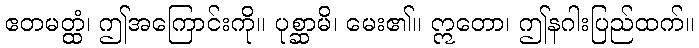
ဧတမတ္ထံ၊ ဤအကြောင်းကို။ ပုစ္ဆာမိ၊ မေး၏။ ဣတော၊ ဤနဂါးပြည်ထက်။